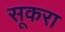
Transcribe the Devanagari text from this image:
सूकरा